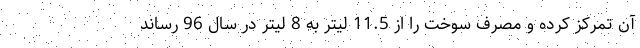
آن تمرکز کرده و مصرف سوخت را از 11.5 لیتر به 8 لیتر در سال 96 رساند